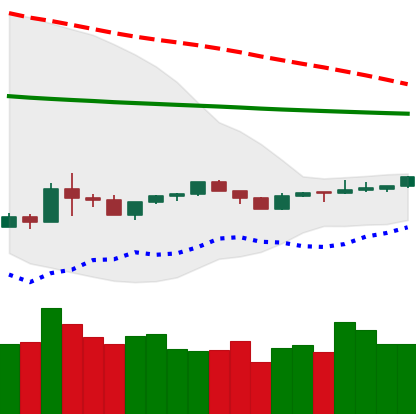
Ticker: XLM-USD
Chart end date: 2020-04-05
Forward return: 9.888%
Label: up_7plus